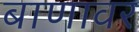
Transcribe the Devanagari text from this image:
बाणावर